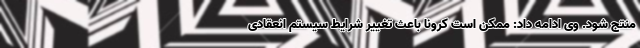
منتج شود. وی ادامه داد: ممکن است کرونا باعث تغییر شرایط سیستم انعقادی